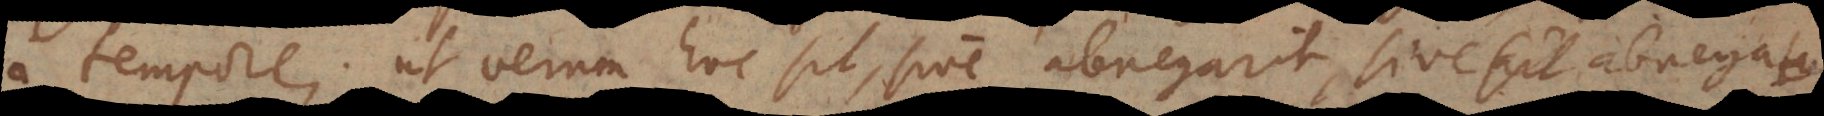
a tempore; ut verum hoc sit, sive abnegarit, sive sit abnegaturus,